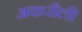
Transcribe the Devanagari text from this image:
अकरौली